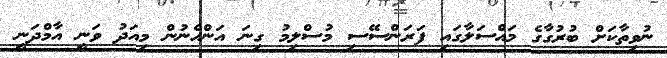
ނުވިތާކަށް ބުރުގާގެ މައްސަލާގައި ފަރަންސޭސި މުސްލިމު ގިނަ އަންހެނުން މިއަދު ވަނީ އާމްދަނީ